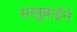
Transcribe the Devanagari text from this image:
सखूबाईने